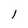
Character: 1